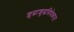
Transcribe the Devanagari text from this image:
शुद्धाशुद्धविवेकात